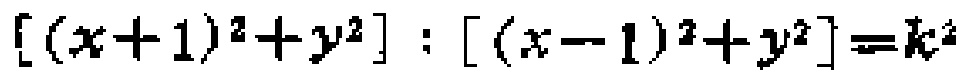
\([(x + 1)^2 + y^2]:[(x - 1)^2 + y^2]=k^2\)